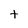
Character: t